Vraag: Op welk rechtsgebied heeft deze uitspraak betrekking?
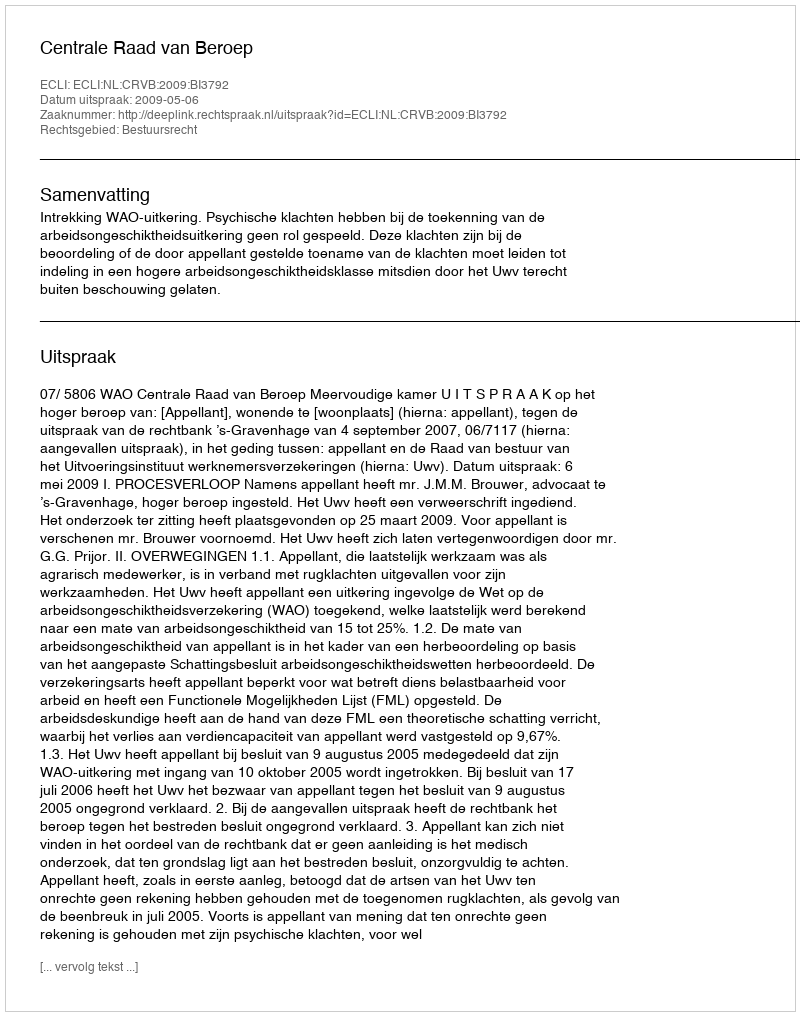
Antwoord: Bestuursrecht